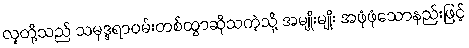
လူတို့သည် သမုဒ္ဒရာဝမ်းတစ်ထွာဆိုသကဲ့သို့ အမျိုးမျိုး အဖုံဖုံသောနည်းဖြင့်